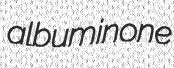
albuminone